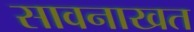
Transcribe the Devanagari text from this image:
सावनाखत